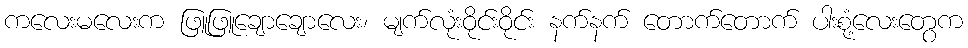
ကလေးမလေးက ဖြူဖြူချောချောလေး၊ မျက်လုံးဝိုင်းဝိုင်း နက်နက် တောက်တောက် ပါးစုံ့လေးတွေက